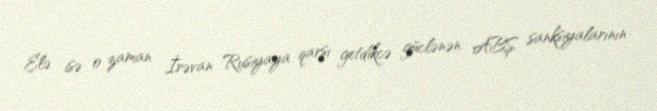
Elə isə o zaman İrəvan Rusiyaya qarşı getdikcə güclənən ABŞ sanksiyalarının